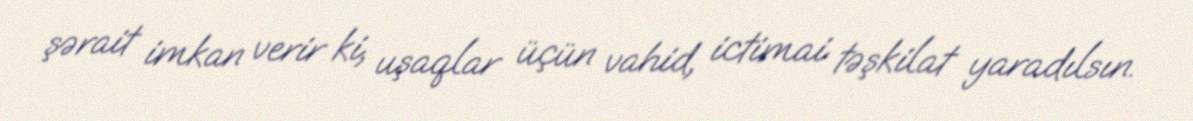
şərait imkan verir ki, uşaqlar üçün vahid, ictimai təşkilat yaradılsın.